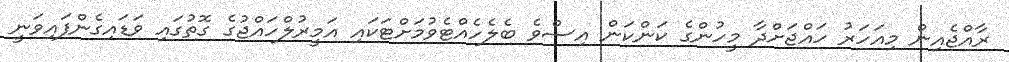
ރާއްޖެއިން މިއަހަރު ހައްޖަށްދާ މީހުންގެ ކަންކަން އިސްވެ ބެލެހެއްޓެވުމަށްޓަކައި އަމީރުލްހައްޖުގެ ގޮތުގައި ވަޑައިގެންފައިވަނީ